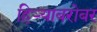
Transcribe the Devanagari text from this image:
हिर्‍याबरोबर